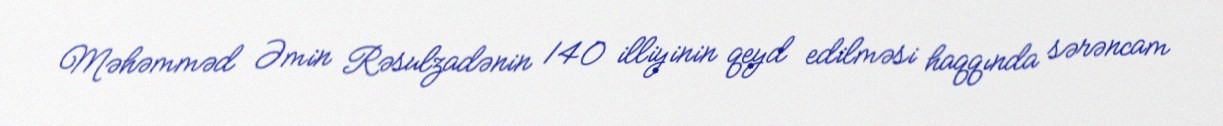
Məhəmməd Əmin Rəsulzadənin 140 illiyinin qeyd edilməsi haqqında sərəncam